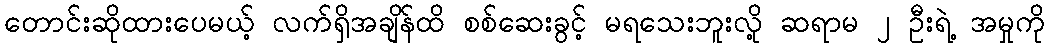
တောင်းဆိုထားပေမယ့် လက်ရှိအချိန်ထိ စစ်ဆေးခွင့် မရသေးဘူးလို့ ဆရာမ ၂ ဦးရဲ့ အမှုကို